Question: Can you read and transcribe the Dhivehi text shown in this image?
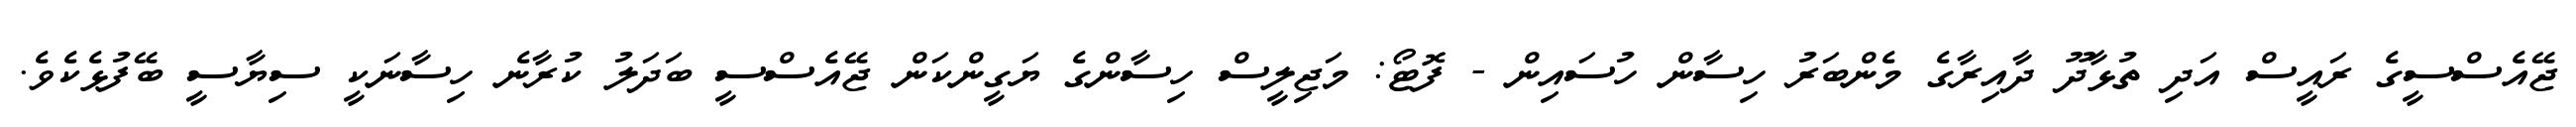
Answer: ޖޭއެސްސީގެ ރައީސް އަދި ތުޅާދޫ ދާއިރާގެ މެންބަރު ހިސާން ހުސައިން - ފޮޓޯ: މަޖިލީސް ހިސާންގެ ޔަގީންކަން ޖޭއެސްސީ ބަދަލު ކުރާނެ ހިސާނަކީ ސިޔާސީ ބޭފުޅެކެވެ.